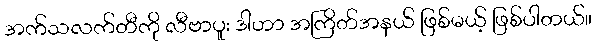
အက်သလက်တီကို လီဗာပူး ဒါဟာ အကြိတ်အနယ် ဖြစ်မယ့် ဖြစ်ပါတယ်။